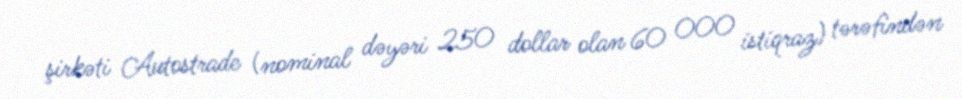
şirkəti Autostrade (nominal dəyəri 250 dollar olan 60 000 istiqraz) tərəfindən